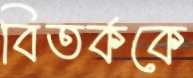
বিতর্ককে